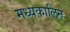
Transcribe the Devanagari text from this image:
मध्यकालिन